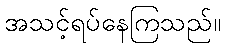
အသင့်ရပ်နေကြသည်။